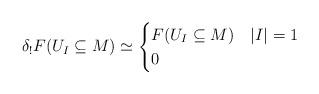
LaTeX: \begin{align*}\delta_!F(U_I\subseteq M)\simeq \begin{cases}F(U_I\subseteq M)&|I|=1\\0&\end{cases}\end{align*}